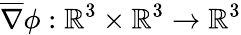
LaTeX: \overline{\nabla}\phi:\mathbb{R}^{3}\times\mathbb{R}^{3}\to\mathbb{R}^{3}